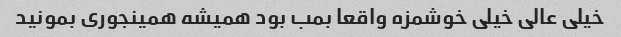
خیلی عالی خیلی خوشمزه واقعا بمب بود همیشه همینجوری بمونید